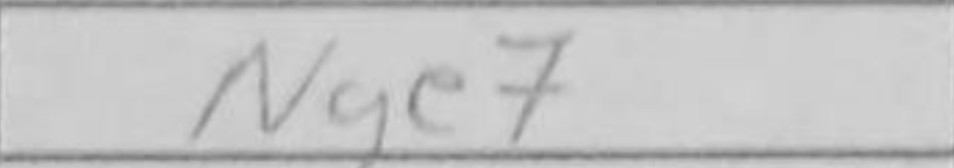
Transcription: Nge7